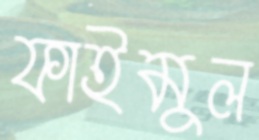
ফাইমুল